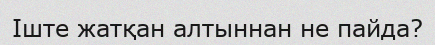
Іште жатқан алтыннан не пайда?